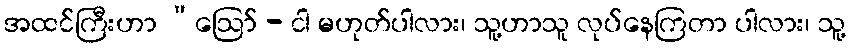
အထင်ကြီးဟာ “ဩော် - ငါ မဟုတ်ပါလား၊ သူ့ဟာသူ လုပ်နေကြတာ ပါလား၊ သူ့